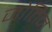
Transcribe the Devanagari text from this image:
जोतिन